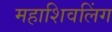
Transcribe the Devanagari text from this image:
महाशिवलिंग